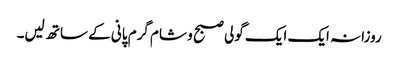
روزانہ ایک ایک گولی صبح و شام گرم پانی کے ساتھ لیں۔